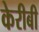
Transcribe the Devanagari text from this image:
केरीबी